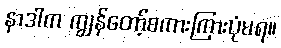
နာဒါက ကျွန်တော့်စကားကြားပုံမရ။